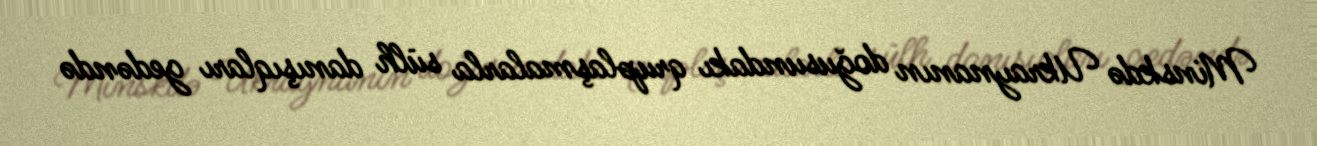
Minskdə Ukraynanın doğusundakı qruplaşmalarla sülh danışıqları gedəndə